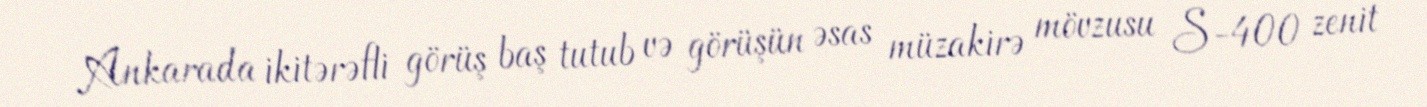
Ankarada ikitərəfli görüş baş tutub və görüşün əsas müzakirə mövzusu S-400 zenit